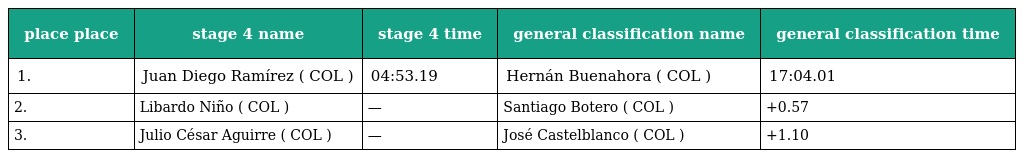
| place place | stage 4 name | stage 4 time | general classification name | general classification time |
 | --- | --- | --- | --- | --- |
 | 1. | Juan Diego Ramírez ( COL ) | 04:53.19 | Hernán Buenahora ( COL ) | 17:04.01 |
 | 2. | Libardo Niño ( COL ) | — | Santiago Botero ( COL ) | +0.57 |
 | 3. | Julio César Aguirre ( COL ) | — | José Castelblanco ( COL ) | +1.10 |